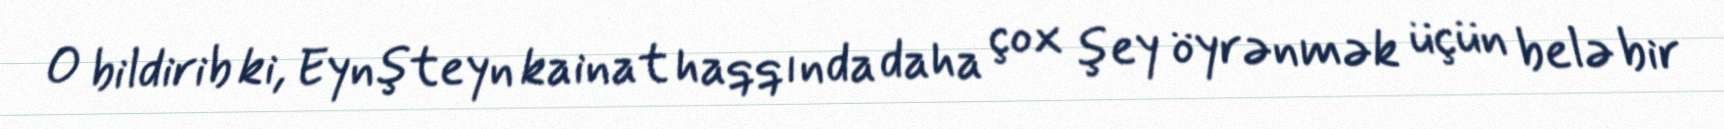
O bildirib ki, Eynşteyn kainat haqqında daha çox şey öyrənmək üçün belə bir